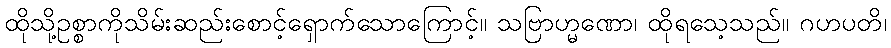
ထိုသို့ဥစ္စာကိုသိမ်းဆည်းစောင့်ရှောက်သောကြောင့်။ သဗြာဟ္မဏော၊ ထိုရသေ့သည်။ ဂဟပတိ၊